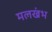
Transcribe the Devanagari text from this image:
मलखंभ